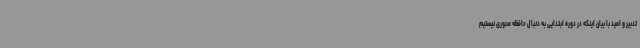
تدبیر و امید با بیان اینکه در دوره ابتدایی به دنبال حافظه محوری نیستیم